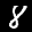
Label: 8